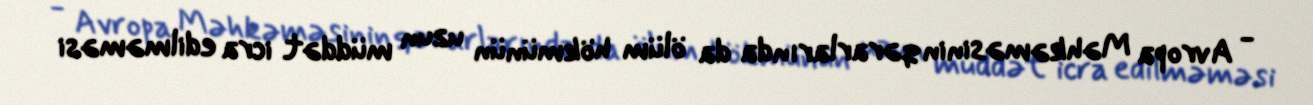
- Avropa Məhkəməsinin qərarlarında da ölüm hökmünün uzun müddət icra edilməməsi